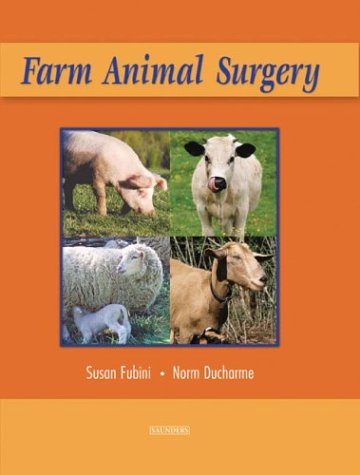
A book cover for Farm Animal Surgery, 1e; Susan L. Fubini DVM; Medical Books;